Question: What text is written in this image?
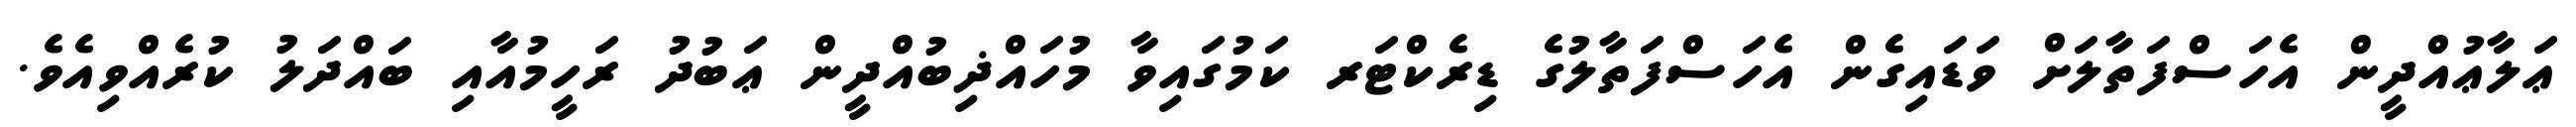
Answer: ޢަލާޢުއްދީން އެހަސްފަތާލަށް ވަޑައިގެން އެހަސްފަތާލުގެ ޑިރެކްޓަރ ކަމުގައިވާ މުހައްޛިބުއްދީން ޢަބުދު ރަހީމުއާއި ބައްދަލު ކުރެއްވިއެވެ.